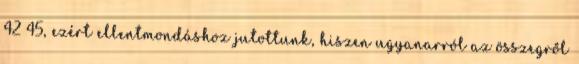
42 45, ezért ellentmondáshoz jutottunk, hiszen ugyanarról az összegről